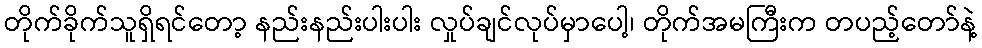
တိုက်ခိုက်သူရှိရင်တော့ နည်းနည်းပါးပါး လှုပ်ချင်လုပ်မှာပေါ့၊ တိုက်အမကြီးက တပည့်တော်နဲ့